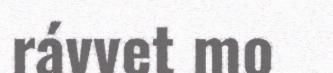
rávvet mo